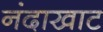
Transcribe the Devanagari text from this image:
नंदाखाट